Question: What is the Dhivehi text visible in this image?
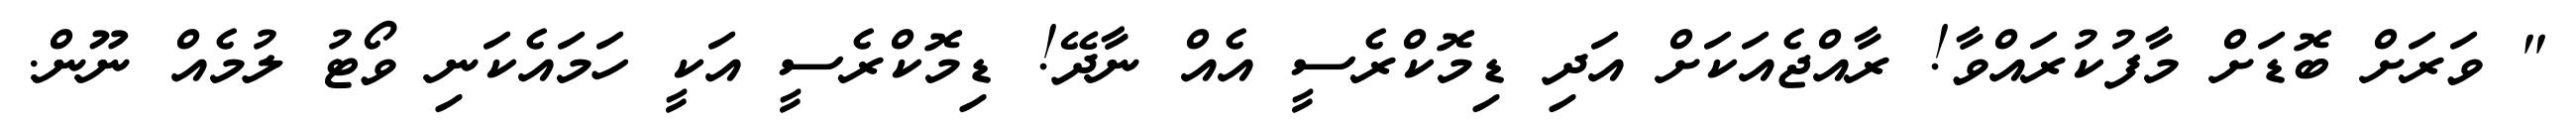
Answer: " ވަރަށް ބޮޑަށް މާފުކުރައްވާ! ރާއްޖެއަކަށް އަދި ޑިމޮކްރެސީ އެއް ނާދޭ! ޑިމޮކްރެސީ އަކީ ހަމައެކަނި ވޯޓު ލުމެއް ނޫން.